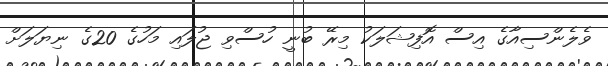
ވެލެންސިއާގެ އިސް އޮފިޝަލަކު މިރޭ ބުނީ ހުސްވި ޖުލައި މަހުގެ 20ގެ ނިޔަލަށް